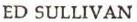
ED SULLIVAN